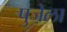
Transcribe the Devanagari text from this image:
पुजेला